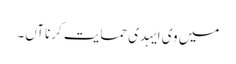
میں وی ایہدی حمایت کرنا آں۔